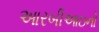
આરબીઆઇનો